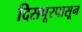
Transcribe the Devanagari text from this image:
दिसपूरपासून